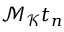
\mathcal { M } _ { \mathcal { K } } t _ { n }